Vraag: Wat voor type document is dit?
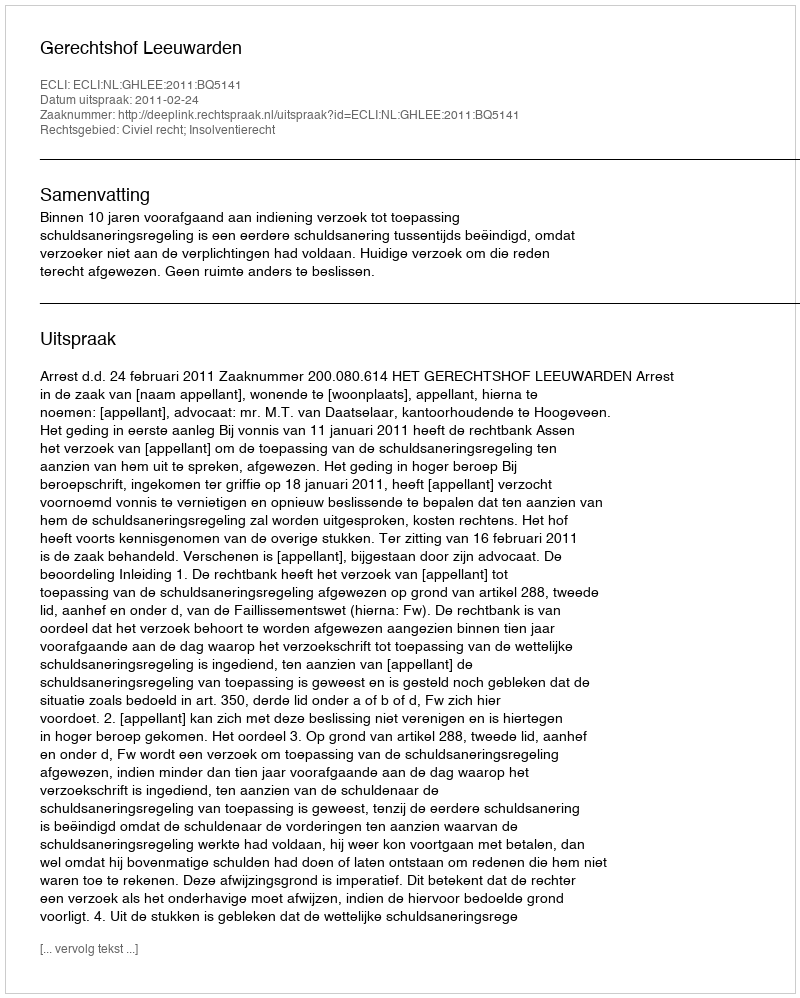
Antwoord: Uitspraak